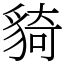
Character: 䝝